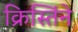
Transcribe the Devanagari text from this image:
क्रिस्तिंने